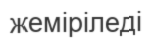
жеміріледі